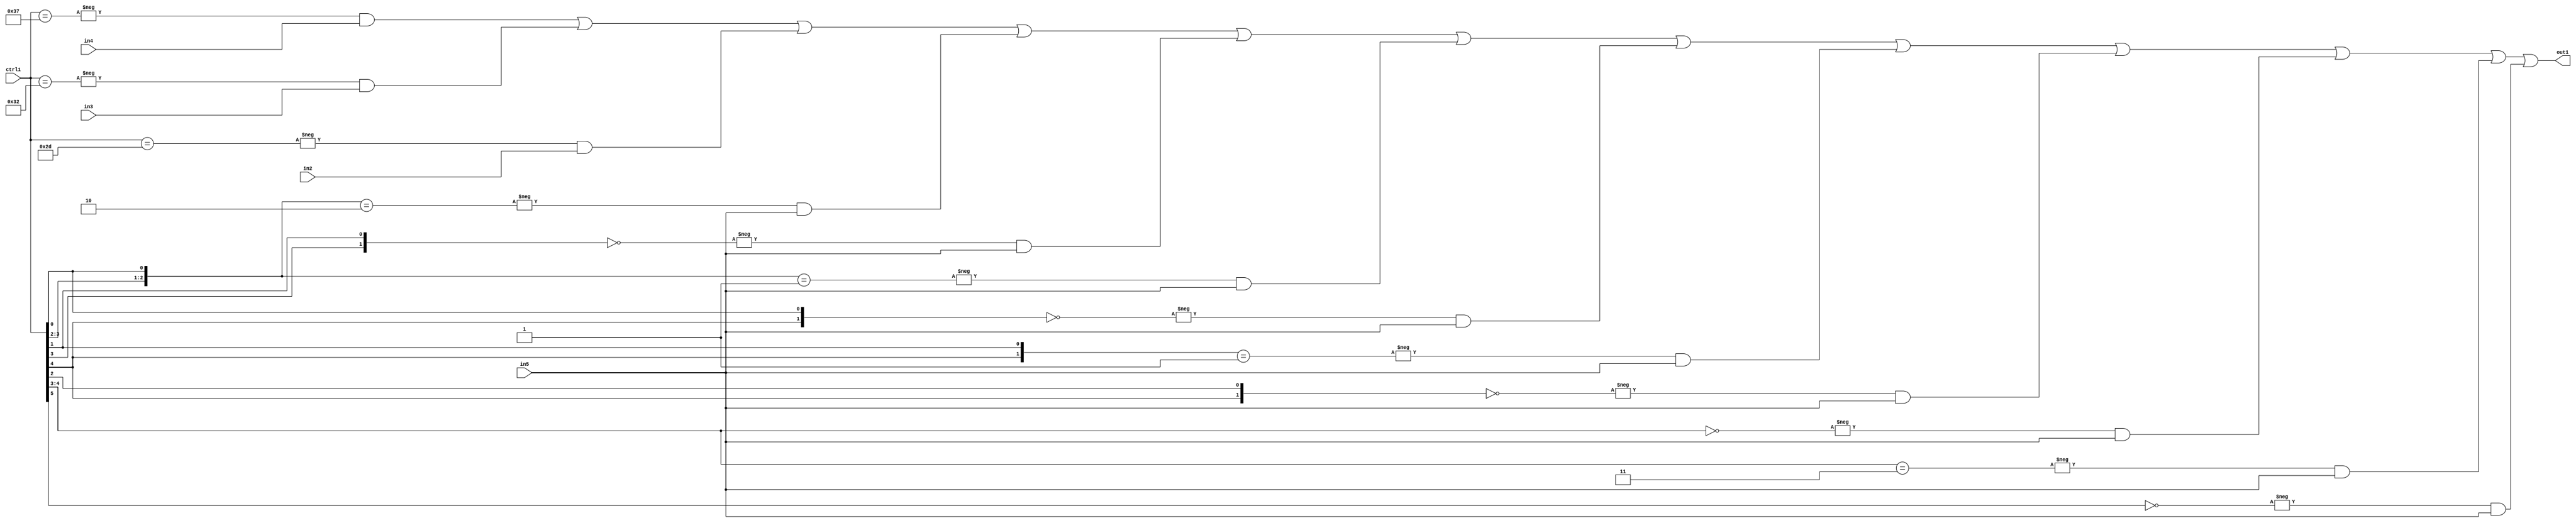
`timescale 1ps / 1ps
/*****************************************************************************
    Verilog RTL Description
    
    
    Created by: Stratus DpOpt 21.05.01 
*******************************************************************************/

module SobelFilter_N_Mux_32_4_46_1 (
	in5,
	in4,
	in3,
	in2,
	ctrl1,
	out1
	); /* architecture "behavioural" */ 
input [31:0] in5;
input [8:0] in4,
	in3,
	in2;
input [5:0] ctrl1;
output [31:0] out1;
wire [31:0] asc001;

assign asc001 = 
	-{ctrl1 == 6'B110111} & in4 |
	-{ctrl1 == 6'B110010} & in3 |
	-{ctrl1 == 6'B101101} & in2 |
	-{{ctrl1[3:2], ctrl1[0]} == 3'B010} & in5 |
	-{{ctrl1[3], ctrl1[1]} == 2'B00} & in5 |
	-{{ctrl1[3:2], ctrl1[0]} == 3'B001} & in5 |
	-{{ctrl1[4], ctrl1[0]} == 2'B00} & in5 |
	-{{ctrl1[4], ctrl1[1]} == 2'B01} & in5 |
	-{{ctrl1[4], ctrl1[2]} == 2'B00} & in5 |
	-{ctrl1[4:3] == 2'B00} & in5 |
	-{ctrl1[4:3] == 2'B11} & in5 |
	-{ctrl1[5] == 1'B0} & in5 ;

assign out1 = asc001;
endmodule

/* CADENCE  vbj4TQk= : u9/ySxbfrwZIxEzHVQQV8Q== ** DO NOT EDIT THIS LINE ******/